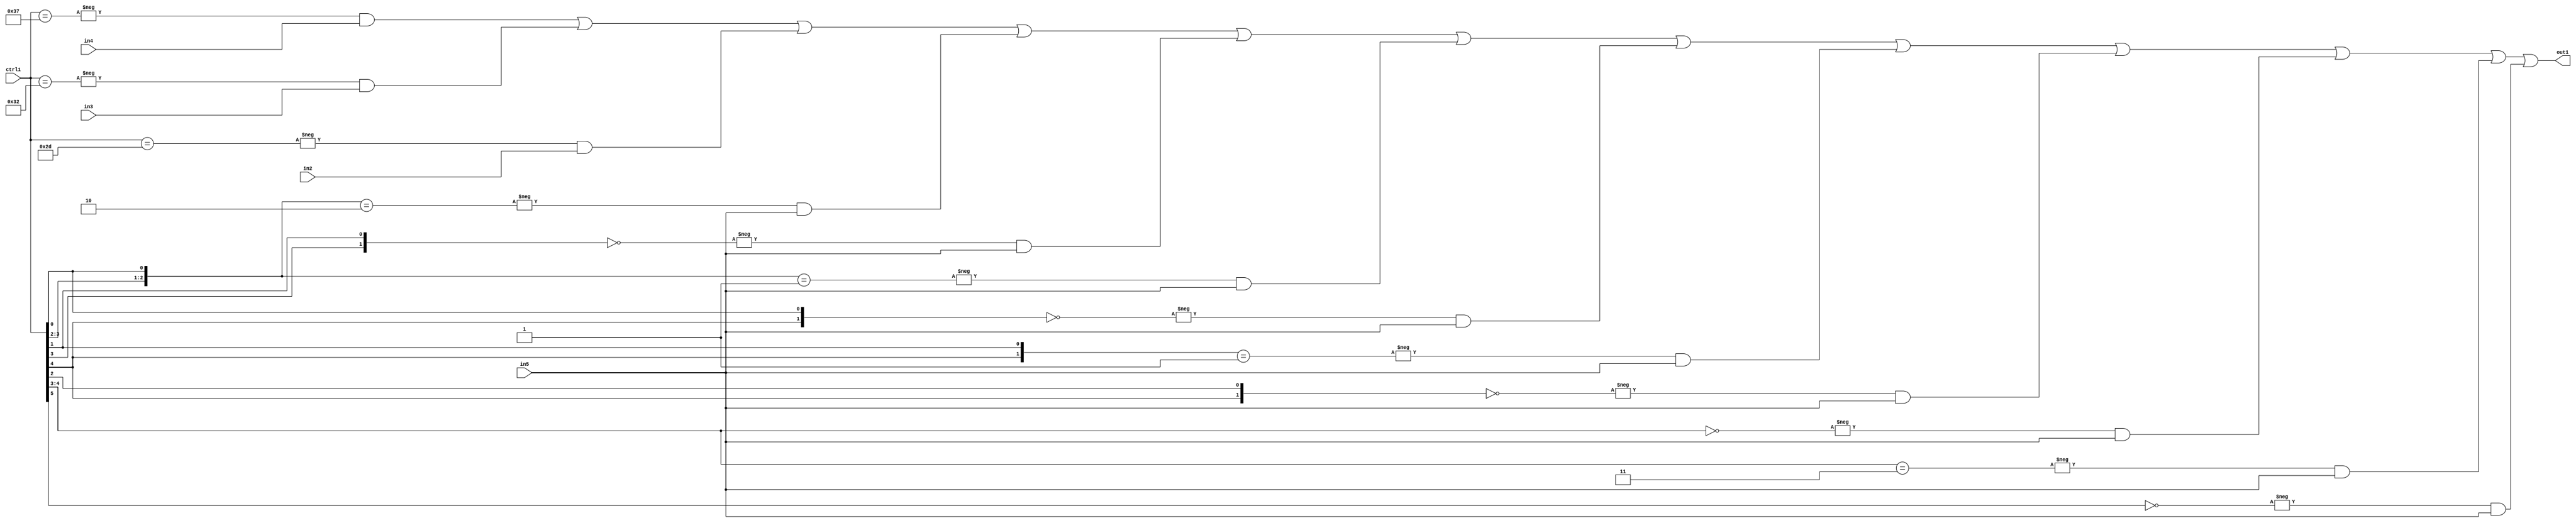
`timescale 1ps / 1ps
/*****************************************************************************
    Verilog RTL Description
    
    
    Created by: Stratus DpOpt 21.05.01 
*******************************************************************************/

module SobelFilter_N_Mux_32_4_46_1 (
	in5,
	in4,
	in3,
	in2,
	ctrl1,
	out1
	); /* architecture "behavioural" */ 
input [31:0] in5;
input [8:0] in4,
	in3,
	in2;
input [5:0] ctrl1;
output [31:0] out1;
wire [31:0] asc001;

assign asc001 = 
	-{ctrl1 == 6'B110111} & in4 |
	-{ctrl1 == 6'B110010} & in3 |
	-{ctrl1 == 6'B101101} & in2 |
	-{{ctrl1[3:2], ctrl1[0]} == 3'B010} & in5 |
	-{{ctrl1[3], ctrl1[1]} == 2'B00} & in5 |
	-{{ctrl1[3:2], ctrl1[0]} == 3'B001} & in5 |
	-{{ctrl1[4], ctrl1[0]} == 2'B00} & in5 |
	-{{ctrl1[4], ctrl1[1]} == 2'B01} & in5 |
	-{{ctrl1[4], ctrl1[2]} == 2'B00} & in5 |
	-{ctrl1[4:3] == 2'B00} & in5 |
	-{ctrl1[4:3] == 2'B11} & in5 |
	-{ctrl1[5] == 1'B0} & in5 ;

assign out1 = asc001;
endmodule

/* CADENCE  vbj4TQk= : u9/ySxbfrwZIxEzHVQQV8Q== ** DO NOT EDIT THIS LINE ******/